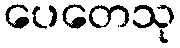
ပေတေသု